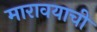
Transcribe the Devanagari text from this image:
मारावयाची